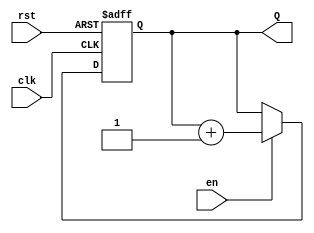
module binary_counter #(
    parameter N = 4  // Parameter for the number of bits in the counter
)(
    input wire clk,     // Clock input
    input wire rst,     // Asynchronous reset
    input wire en,      // Enable signal
    output reg [N-1:0] Q // n-bit output for the counter
);

    // Always block triggered on the rising edge of the clock
    always @(posedge clk or posedge rst) begin
        if (rst) begin
            // Asynchronous reset
            Q <= 0; // Reset the counter to 0
        end else if (en) begin
            // Increment the counter if enabled
            Q <= Q + 1; // Increment the counter
        end
        // If not reset and not enabled, the counter holds its value
    end

endmodule